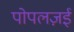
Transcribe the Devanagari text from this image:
पोपलज़ई